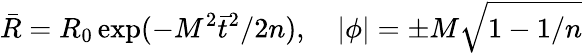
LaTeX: \bar{R}=R_{0}\exp(-M^{2}\bar{t}^{2}/2n),\quad\left|\phi\right|=\pm M\sqrt{1-1/n}